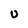
Character: U